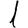
Digit: 1